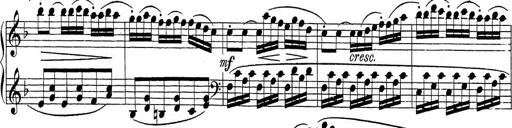
Title: Sonatina Album
Composer: Louis KÃ¶hler